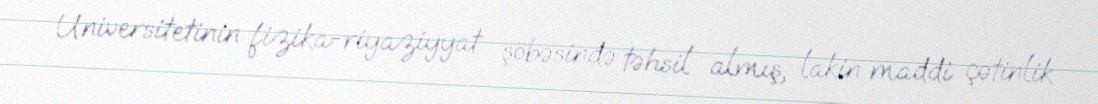
Universitetinin fizika-riyaziyyat şöbəsində təhsil almış, lakin maddi çətinlik